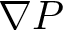
\nabla P